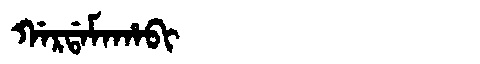
Manchu: ᡤᠠᡵᡩᠠᠮᠠᡥᠠᠪᡳ
Romanization: GARDAMAHABI